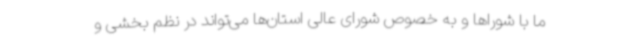
ما با شوراها و به خصوص شورای عالی استان‌ها می‌تواند در نظم بخشی و